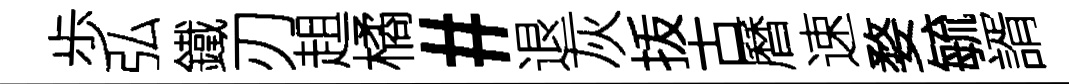
歩弘鐵刃趄橘#退灰㧞古曆速婺毓諝